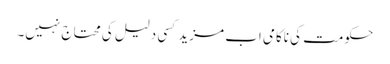
حکومت کی ناکامی اب مزید کسی دلیل کی محتاج نہیں۔